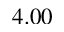
4 . 0 0